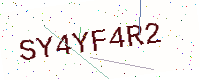
Text: SY4YF4R2